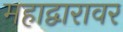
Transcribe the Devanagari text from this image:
महाद्वारावर